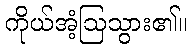
ကိုယ်အံ့ဩသွား၏။